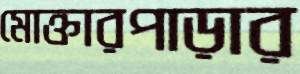
মোক্তারপাড়ার